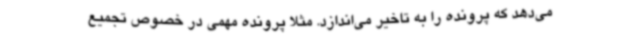
می‌دهد که پرونده را به تاخیر می‌اندازد. مثلا پرونده مهمی در خصوص تجمیع